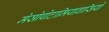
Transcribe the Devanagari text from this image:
मेसोपोटामियावासियों